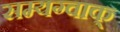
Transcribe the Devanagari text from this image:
सम्यग्वाक्